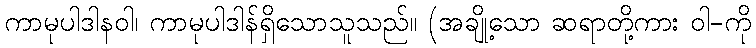
ကာမုပါဒါနဝါ၊ ကာမုပါဒါန်ရှိသောသူသည်။ (အချို့သော ဆရာတို့ကား ဝါ-ကို